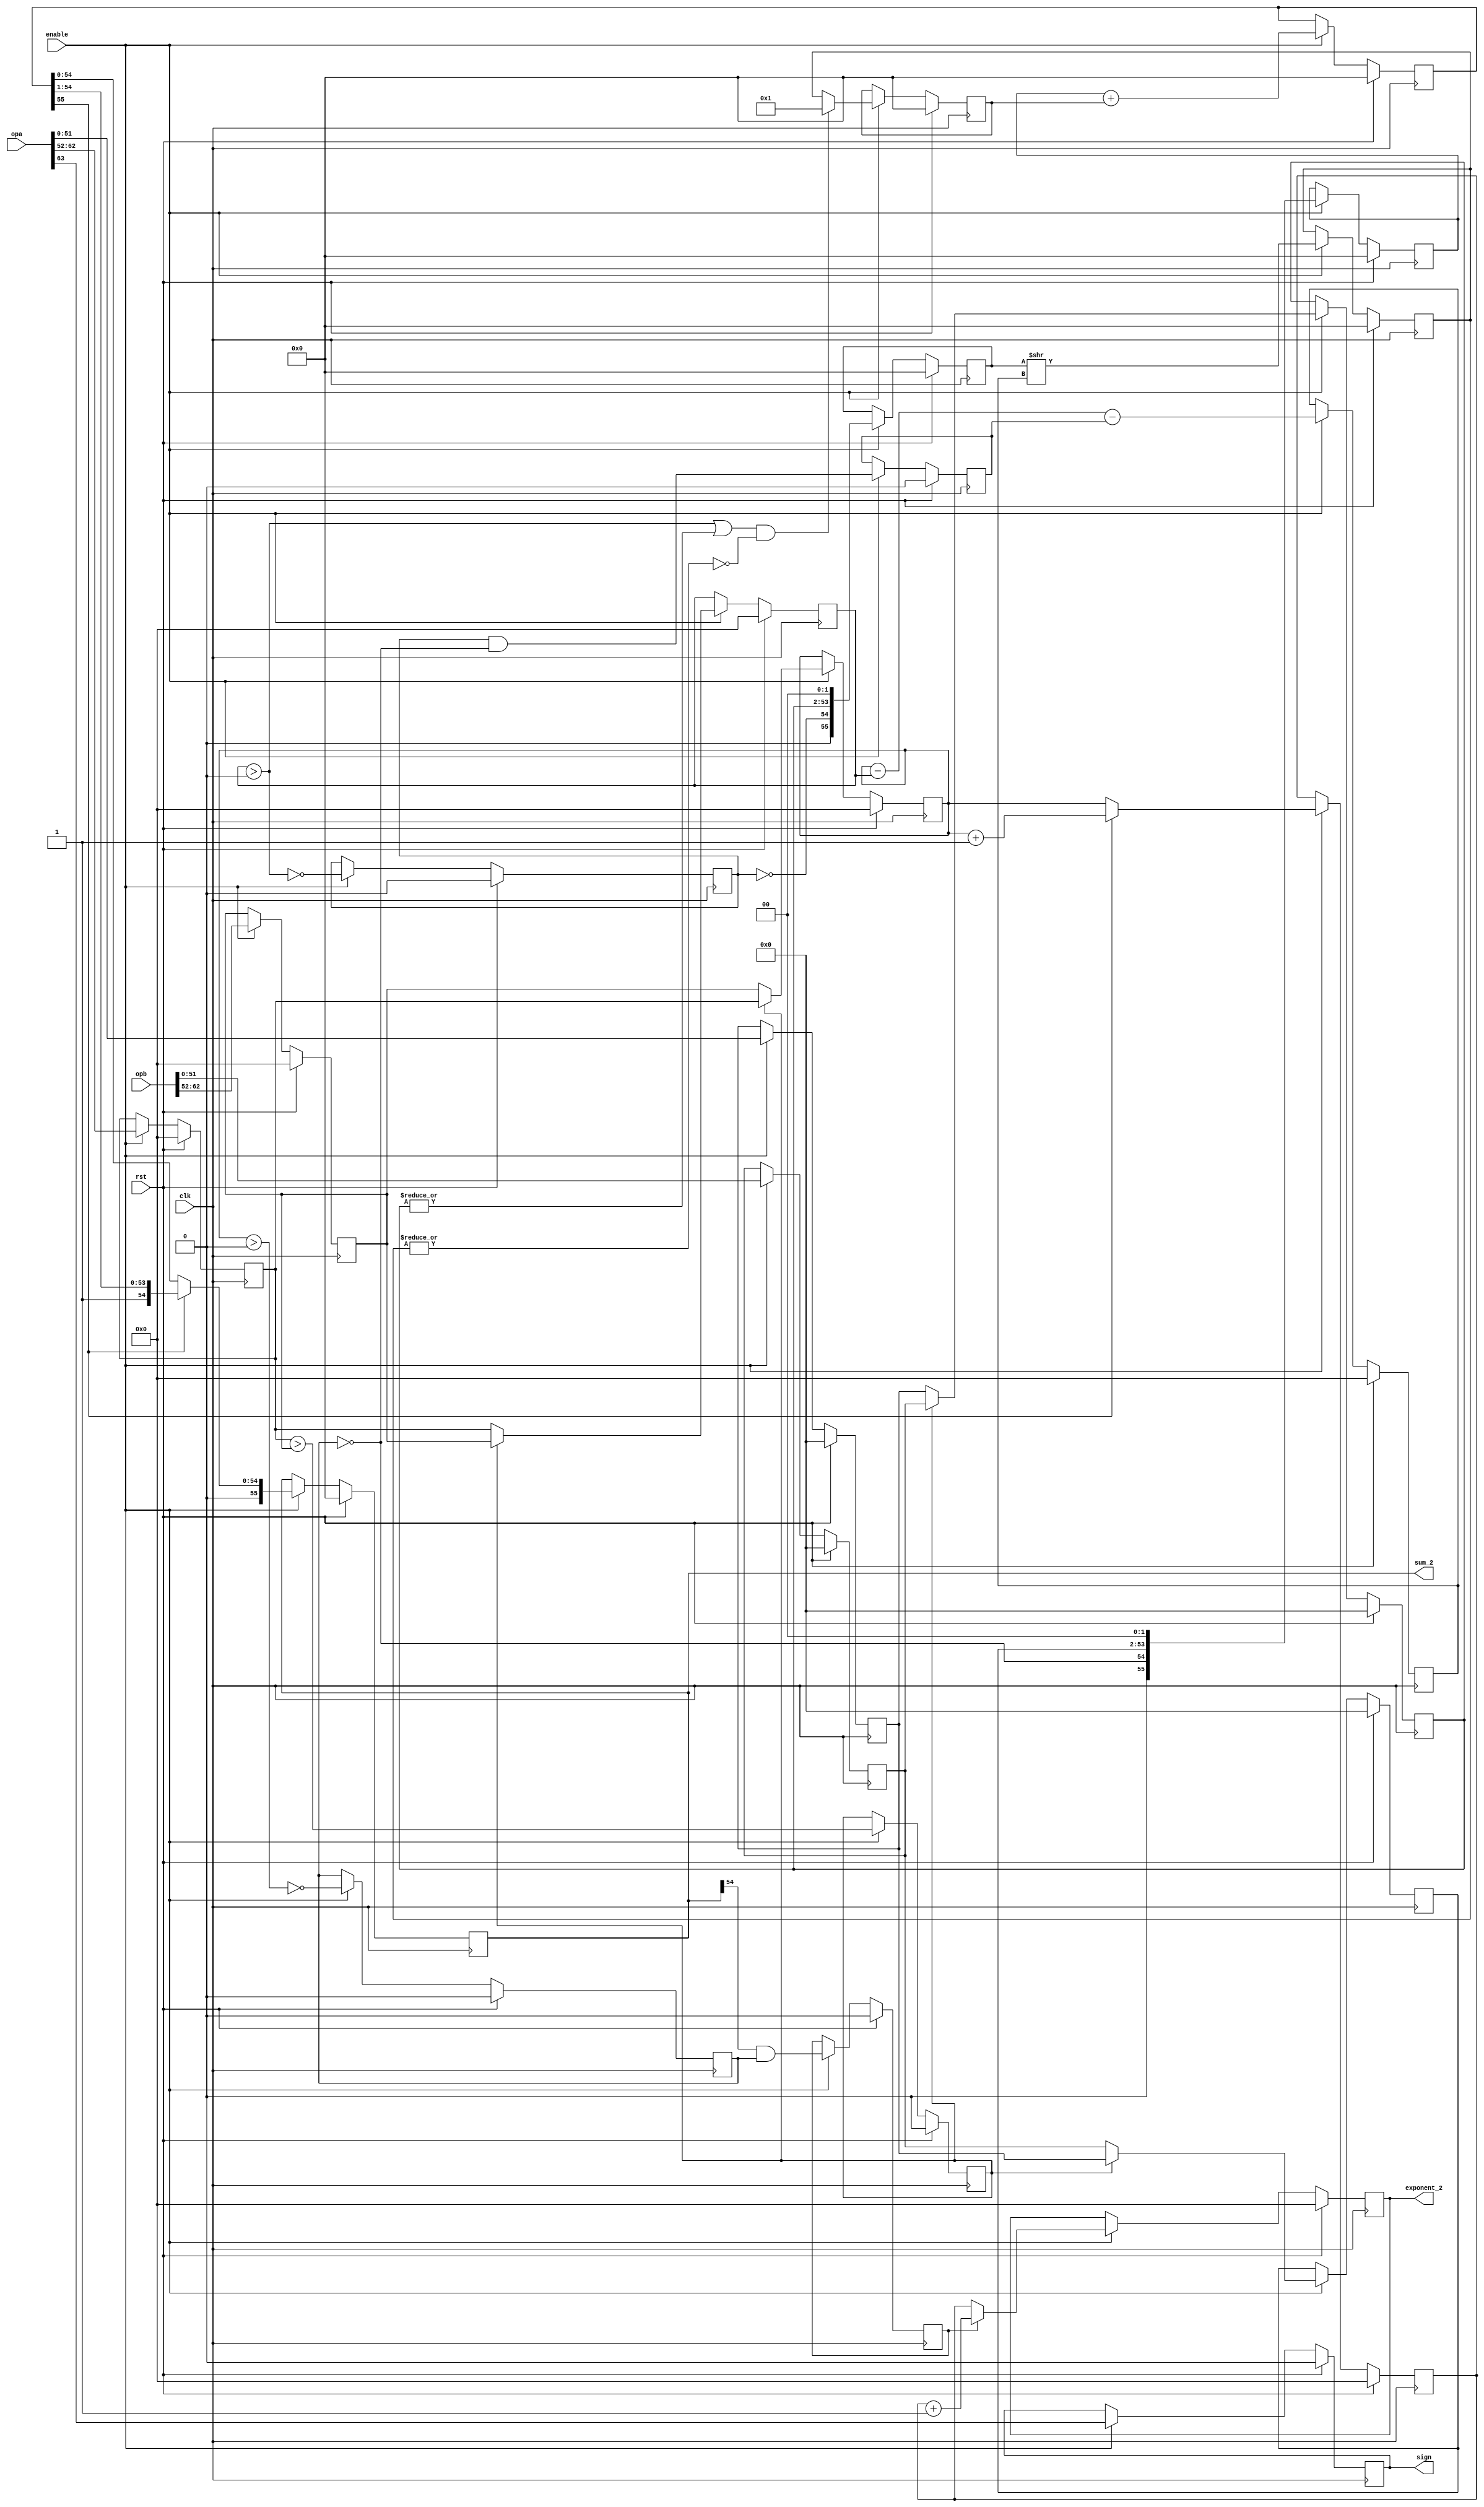
/////////////////////////////////////////////////////////////////////
////                                                             ////
////  FPU                                                        ////
////  Floating Point Unit (Double precision)                     ////
////                                                             ////
////          davidklun@gmail.com                                ////
////                                                             ////
/////////////////////////////////////////////////////////////////////
////                                                             ////
//// Copyright (C) 2009 David Lundgren                           ////
////                  davidklun@gmail.com                        ////
////                                                             ////
//// This source file may be used and distributed without        ////
//// restriction provided that this copyright statement is not   ////
//// removed from the file and that any derivative work contains ////
//// the original copyright notice and the associated disclaimer.////
////                                                             ////
////     THIS SOFTWARE IS PROVIDED ``AS IS'' AND WITHOUT ANY     ////
//// EXPRESS OR IMPLIED WARRANTIES, INCLUDING, BUT NOT LIMITED   ////
//// TO, THE IMPLIED WARRANTIES OF MERCHANTABILITY AND FITNESS   ////
//// FOR A PARTICULAR PURPOSE. IN NO EVENT SHALL THE AUTHOR      ////
//// OR CONTRIBUTORS BE LIABLE FOR ANY DIRECT, INDIRECT,         ////
//// INCIDENTAL, SPECIAL, EXEMPLARY, OR CONSEQUENTIAL DAMAGES    ////
//// (INCLUDING, BUT NOT LIMITED TO, PROCUREMENT OF SUBSTITUTE   ////
//// GOODS OR SERVICES; LOSS OF USE, DATA, OR PROFITS; OR        ////
//// BUSINESS INTERRUPTION) HOWEVER CAUSED AND ON ANY THEORY OF  ////
//// LIABILITY, WHETHER IN  CONTRACT, STRICT LIABILITY, OR TORT  ////
//// (INCLUDING NEGLIGENCE OR OTHERWISE) ARISING IN ANY WAY OUT  ////
//// OF THE USE OF THIS SOFTWARE, EVEN IF ADVISED OF THE         ////
//// POSSIBILITY OF SUCH DAMAGE.                                 ////
////                                                             ////
/////////////////////////////////////////////////////////////////////

`timescale 1ns / 100ps

module fpu_add( clk, rst, enable, opa, opb, sign, sum_2, exponent_2);
input		clk;
input		rst;
input		enable;
input	[63:0]	opa, opb;
output		sign;
output  [55:0]	sum_2;
output	[10:0]	exponent_2;

reg   sign;
reg   [10:0] exponent_a;
reg   [10:0] exponent_b;
reg   [51:0] mantissa_a;
reg   [51:0] mantissa_b;
reg   expa_gt_expb;
reg   [10:0] exponent_small;
reg   [10:0] exponent_large;
reg   [51:0] mantissa_small;
reg   [51:0] mantissa_large;
reg   small_is_denorm;
reg   large_is_denorm;
reg   large_norm_small_denorm;
reg   [10:0] exponent_diff;
reg   [55:0] large_add;
reg   [55:0] small_add;
reg   [55:0] small_shift;
wire   small_shift_nonzero = |small_shift[55:0];
wire	small_is_nonzero = (exponent_small > 0) | |mantissa_small[51:0]; 
wire   small_fraction_enable = small_is_nonzero & !small_shift_nonzero;
wire   [55:0] small_shift_2 = { 55'b0, 1'b1 };
reg   [55:0] small_shift_3;
reg   [55:0] sum;
wire   sum_overflow = sum[55]; // sum[55] will be 0 if there was no carry from adding the 2 numbers
reg   [55:0] sum_2;
reg   [10:0] exponent;
wire   sum_leading_one = sum_2[54]; // this is where the leading one resides, unless denorm
reg   denorm_to_norm;
reg   [10:0] exponent_2;

always @(posedge clk) 
	begin
		if (rst) begin
			sign <= 0;
			exponent_a <= 0;
			exponent_b <= 0;
			mantissa_a <= 0;
			mantissa_b <= 0;
			expa_gt_expb <= 0;
			exponent_small  <= 0;
			exponent_large  <= 0;
			mantissa_small  <= 0;
			mantissa_large  <= 0;
			small_is_denorm <= 0;
			large_is_denorm <= 0;
			large_norm_small_denorm <= 0;
			exponent_diff <= 0;
			large_add <= 0;
			small_add <= 0;
			small_shift <= 0;
			small_shift_3 <= 0;
			sum <= 0;
			sum_2 <= 0;
			exponent <= 0;
			denorm_to_norm <= 0;
			exponent_2 <= 0;
		end
		else if (enable) begin
			sign <= opa[63];
			exponent_a <= opa[62:52];
			exponent_b <= opb[62:52];
			mantissa_a <= opa[51:0];
			mantissa_b <= opb[51:0];
			expa_gt_expb <= exponent_a > exponent_b;
			exponent_small  <= expa_gt_expb ? exponent_b : exponent_a;
			exponent_large  <= expa_gt_expb ? exponent_a : exponent_b;
			mantissa_small  <= expa_gt_expb ? mantissa_b : mantissa_a;
			mantissa_large  <= expa_gt_expb ? mantissa_a : mantissa_b;
			small_is_denorm <= !(exponent_small > 0);
			large_is_denorm <= !(exponent_large > 0);
			large_norm_small_denorm <= (small_is_denorm && !large_is_denorm);
			exponent_diff <= exponent_large - exponent_small - large_norm_small_denorm;
			large_add <= { 1'b0, !large_is_denorm, mantissa_large, 2'b0 };
			small_add <= { 1'b0, !small_is_denorm, mantissa_small, 2'b0 };
			small_shift <= small_add >> exponent_diff;
			small_shift_3 <= small_fraction_enable ? small_shift_2 : small_shift;
			sum <= large_add + small_shift_3;
			sum_2 <= sum_overflow ? sum >> 1 : sum;
			exponent <= sum_overflow ? exponent_large + 1: exponent_large;
			denorm_to_norm <= sum_leading_one & large_is_denorm;
			exponent_2 <= denorm_to_norm ? exponent + 1 : exponent;
		end
	end

endmodule